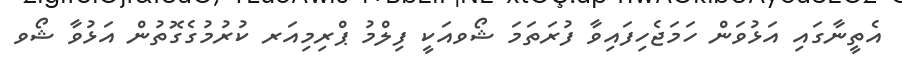
އެތީނާގައި އަޅުވަން ހަމަޖެހިފައިވާ ފުރަތަމަ ޝޯވއަކީ ފިލްމު ޕްރިމިއަރ ކުރުމުގެގޮތުން އަޅުވާ ޝޯވ